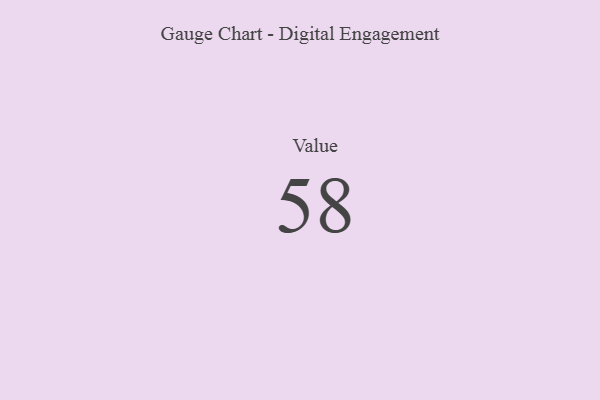
{"axis": {"x": "Metric", "y": "Value"}, "legend": [""], "data": [{"x": "Value", "y": 58, "type": ""}]}